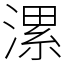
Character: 漯